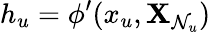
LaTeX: h_{u}=\phi^{\prime}(x_{u},\mathbf{X}_{\mathcal{{N}}_{u}})